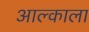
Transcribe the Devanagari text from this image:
आल्काला